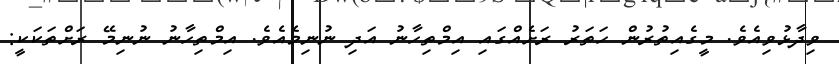
ވިދާޅުވިއެވެ. މީގެއިތުރުން ހަތަރު ރަށެއްގައި އިމްތިހާނު އަދި ނުނިމެއެވެ. އިމްތިހާނު ނުނިމޭ ރަށްތަކަކީ: